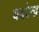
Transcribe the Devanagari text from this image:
यदवेन्द्र